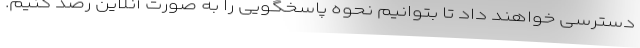
دسترسی خواهند داد تا بتوانیم نحوه پاسخگویی را به صورت آنلاین رصد کنیم.